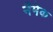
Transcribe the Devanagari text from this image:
नैमेक